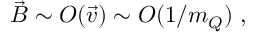
\vec { B } \sim O ( \vec { v } ) \sim O ( 1 / m _ { Q } ) \; ,